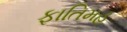
ફાતિમહ